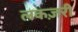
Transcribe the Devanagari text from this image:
लकज़री